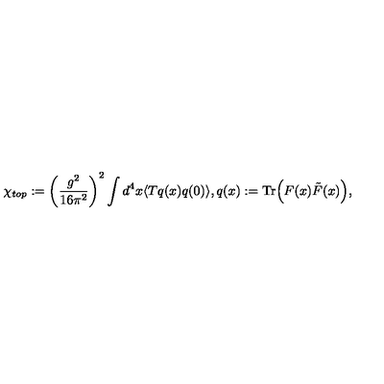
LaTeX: \chi _ { t o p } : = \left( \frac { g ^ { 2 } } { 1 6 \pi ^ { 2 } } \right) ^ { 2 } \int d ^ { 4 } x \langle T q ( x ) q ( 0 ) \rangle , q ( x ) : = \mathrm { T r } \Big ( F ( x ) \tilde { F } ( x ) \Big ) ,